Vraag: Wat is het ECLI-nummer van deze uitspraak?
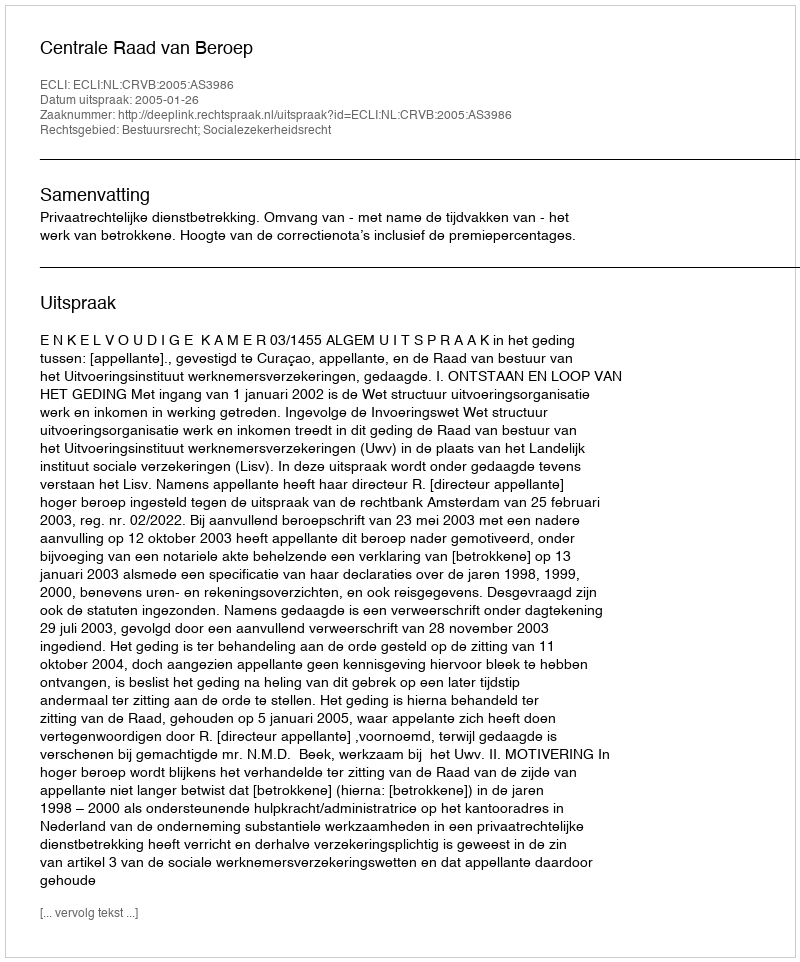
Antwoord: ECLI:NL:CRVB:2005:AS3986